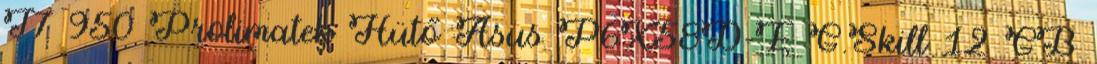
I7 950 Prolimatek Hütő Asus P6X58D-E G.Skill 12 GB